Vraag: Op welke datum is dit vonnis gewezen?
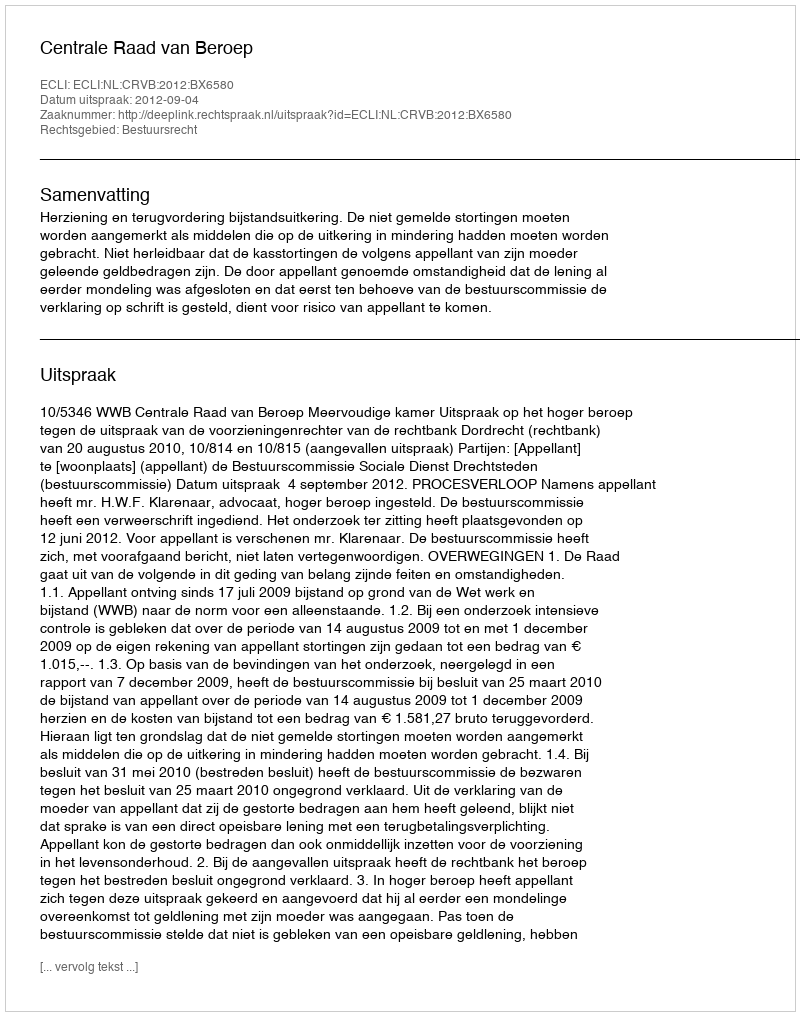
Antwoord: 2012-09-04